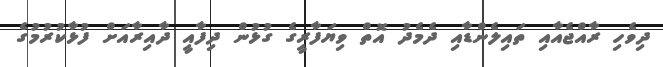
ދިވެހި ރާއްޖެއާއި ތައިލެންޑާއި ދެމެދު އޮތް ވިޔަފާރީގެ ގުޅުން ދިފާއީ ދާއިރާއަށް ފުޅާކުރުމުގެ